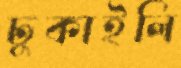
ঢুকাইলি